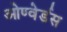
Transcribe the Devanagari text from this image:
ओण्वेर्डस